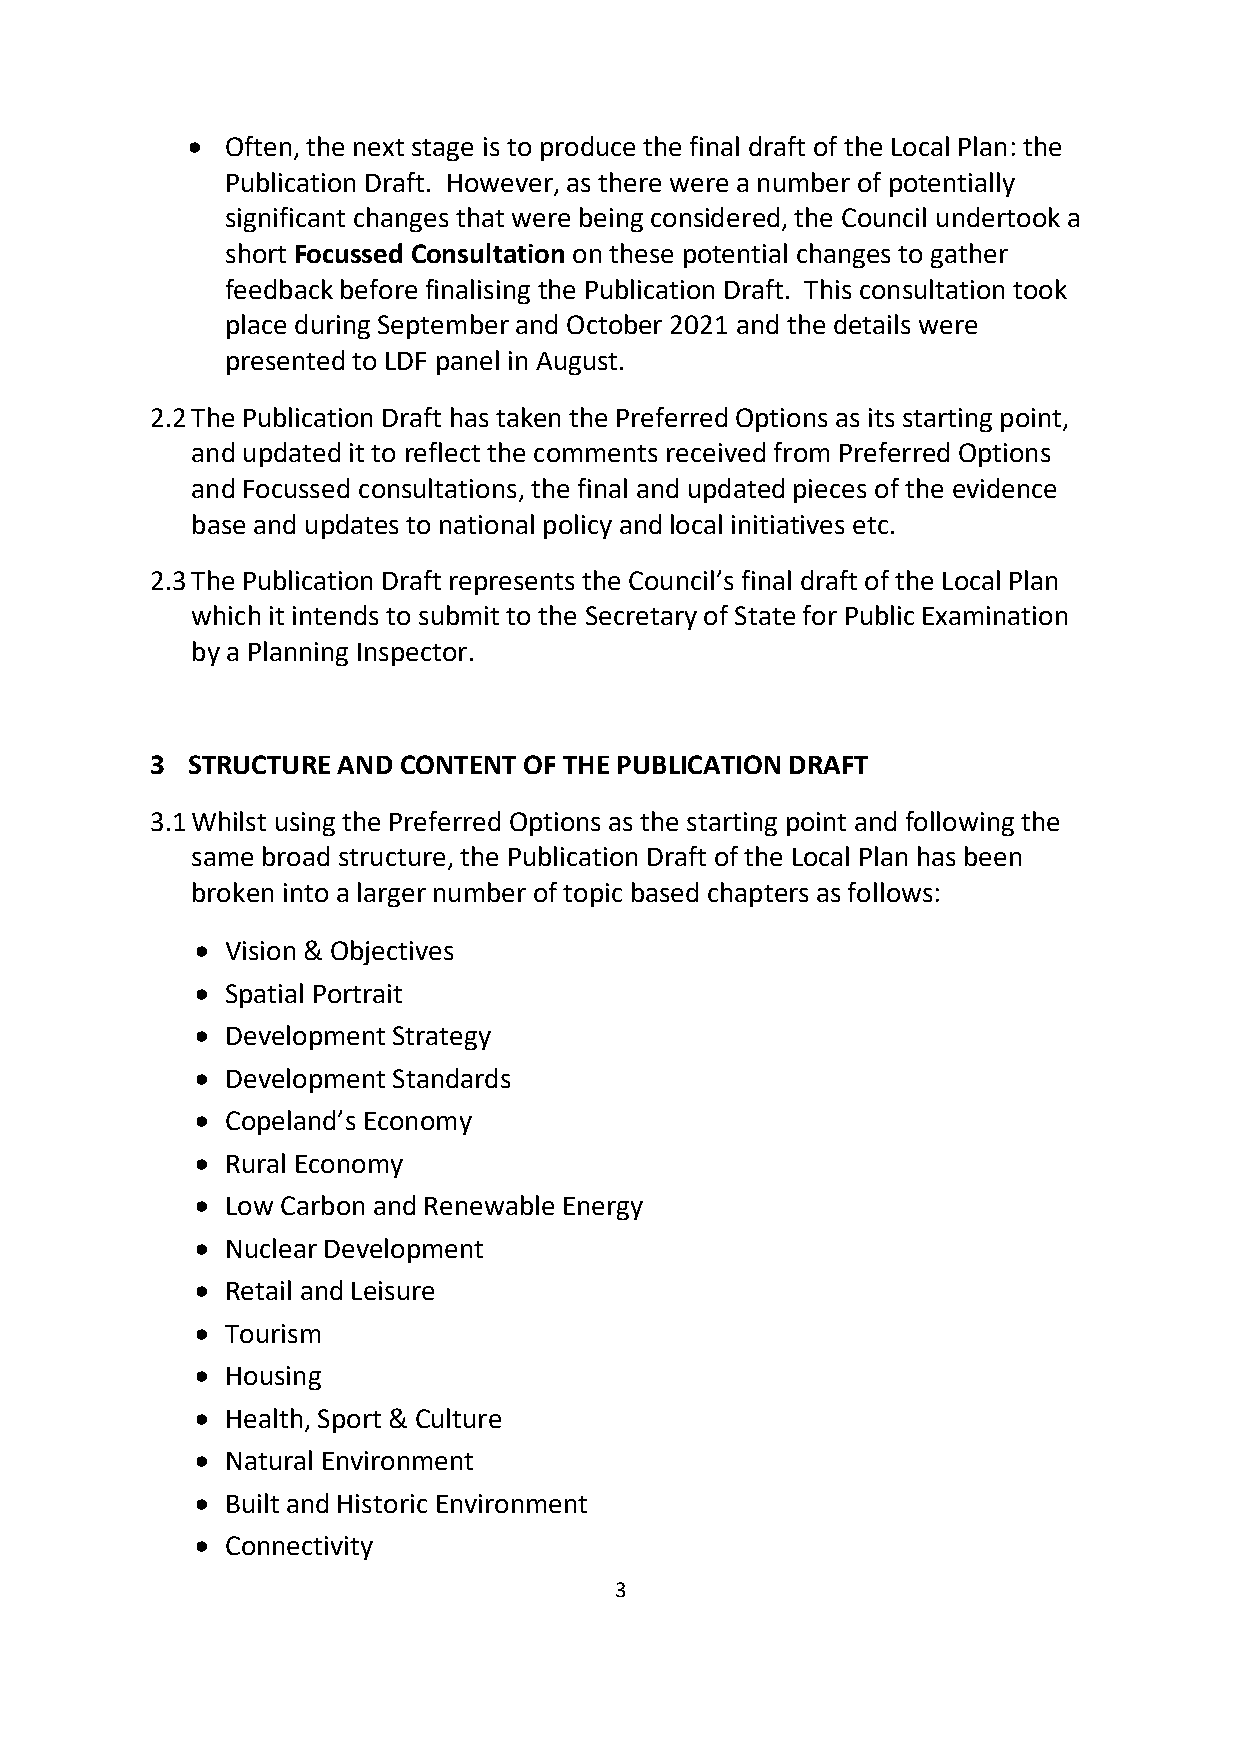
  Often, the next stage is to produce the final draft of the Local Plan: the
 Publication Draft. However, as there were a number of potentially
 significant changes that were being considered, the Council undertook a
 short Focussed Consultation on these potential changes to gather
 feedback before finalising the Publication Draft. This consultation took
 place during September and October 2021 and the details were
 presented to LDF panel in August.
 2.2 The Publication Draft has taken the Preferred Options as its starting point,
 and updated it to reflect the comments received from Preferred Options
 and Focussed consultations, the final and updated pieces of the evidence
 base and updates to national policy and local initiatives etc.
 2.3 The Publication Draft represents the Council’s final draft of the Local Plan
 which it intends to submit to the Secretary of State for Public Examination
 by a Planning Inspector.
 3 STRUCTURE AND CONTENT  OF THE PUBLICATION DRAFT
 3.1 Whilst using the Preferred Options as the starting point and following the
 same broad structure, the Publication Draft of the Local Plan has been
 broken into a larger number of topic based chapters as follows:
  Vision & Objectives
  Spatial Portrait
  Development Strategy
  Development Standards
  Copeland’s Economy
  Rural Economy
  Low Carbon and Renewable Energy
  Nuclear Development
  Retail and Leisure
  Tourism
  Housing
  Health, Sport & Culture
  Natural Environment
  Built and Historic Environment
  Connectivity
 3